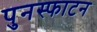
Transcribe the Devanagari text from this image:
पुनस्फाटन